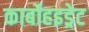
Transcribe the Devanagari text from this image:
कार्बोहइड्रेट